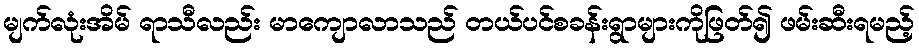
မျက်လုံးအိမ် ရာသီလည်း မာကျောလာသည် တယ်ပင်စခန်းရွာများကိုဖြတ်၍ ဖမ်းဆီးရမည့်